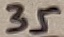
Text: 35